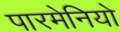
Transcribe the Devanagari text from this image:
पारमेनियो